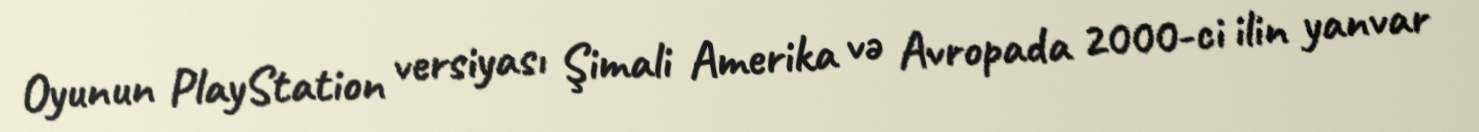
Oyunun PlayStation versiyası Şimali Amerika və Avropada 2000-ci ilin yanvar